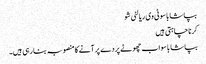
بپاشا باسو ٹی وی ریالٹی شو
کرنا چاہتی ہیں
بپاشا باسو اب چھوٹے پردے پر آنے کا منصوبہ بنا رہی ہیں۔